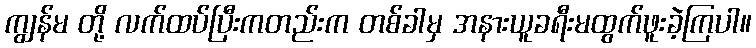
ကျွန်မ တို့ လက်ထပ်ပြီးကတည်းက တစ်ခါမှ အနားယူခရီးမထွက်ဖူးခဲ့ကြပါ။